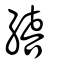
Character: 繥